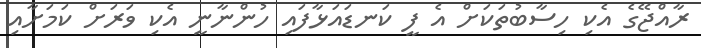
ރާއްޖޭގެ އެކި ހިސާބުތަކަށް އެ ފީ ކަނޑައަޅާފައި ހުންނާނީ އެކި ވަރަށް ކަމަށާއި